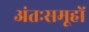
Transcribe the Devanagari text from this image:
अंतःसमूहों